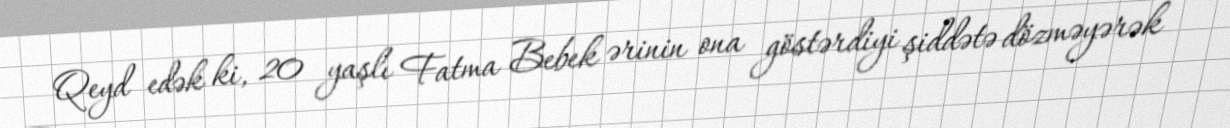
Qeyd edək ki, 20 yaşlı Fatma Bebek ərinin ona göstərdiyi şiddətə dözməyərək